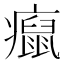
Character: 癙